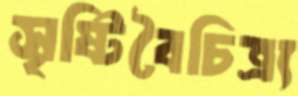
সৃষ্টিবৈচিত্র্য